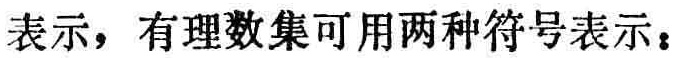
表示，有理数集可用两种符号表示：